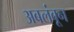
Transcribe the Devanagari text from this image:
अबलंबून